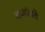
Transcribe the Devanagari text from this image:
मध्यांतरी